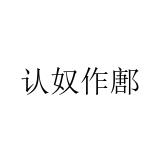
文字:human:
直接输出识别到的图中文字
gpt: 认奴作鄌